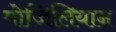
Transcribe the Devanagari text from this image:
मोजिलियान